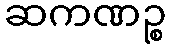
ဆကဏဉ္စ